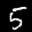
Label: 5